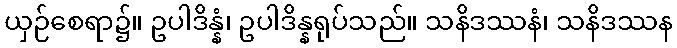
ယှဉ်စေရာ၌။ ဥပါဒိန္နံ၊ ဥပါဒိန္နရုပ်သည်။ သနိဒဿနံ၊ သနိဒဿန